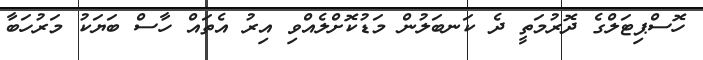
ހޮސްޕިޓަލްގެ ދޮރުމަތީ ދެ ކަނބަލުން މަޑުކޮށްލެއްވި އިރު އެތައް ހާސް ބަޔަކު މަރުހަބާ